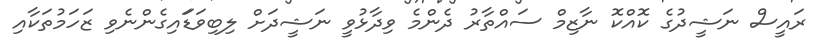
ރައީސް ނަޝީދުގެ ކޮއްކޮ ނާޒިމް ސައްތާރު ދެންމެ ވިދާޅުވީ ނަޝީދަށް ލިބިވަޑަައިގެންނެވި ޒަހަމުތަކާއި